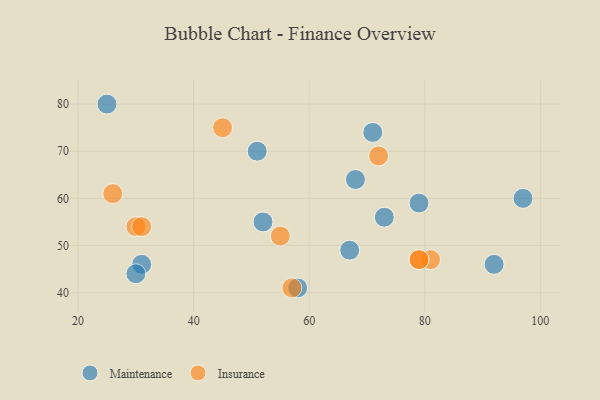
{"axis": {"x": "GDP", "y": "Life Expectancy"}, "legend": ["Insurance", "Maintenance"], "data": [{"x": "68", "y": 64, "type": "Maintenance"}, {"x": "52", "y": 55, "type": "Maintenance"}, {"x": "73", "y": 56, "type": "Maintenance"}, {"x": "92", "y": 46, "type": "Maintenance"}, {"x": "31", "y": 46, "type": "Maintenance"}, {"x": "58", "y": 41, "type": "Maintenance"}, {"x": "71", "y": 74, "type": "Maintenance"}, {"x": "30", "y": 44, "type": "Maintenance"}, {"x": "79", "y": 59, "type": "Maintenance"}, {"x": "67", "y": 49, "type": "Maintenance"}, {"x": "51", "y": 70, "type": "Maintenance"}, {"x": "97", "y": 60, "type": "Maintenance"}, {"x": "25", "y": 80, "type": "Maintenance"}, {"x": "45", "y": 75, "type": "Insurance"}, {"x": "81", "y": 47, "type": "Insurance"}, {"x": "79", "y": 47, "type": "Insurance"}, {"x": "79", "y": 47, "type": "Insurance"}, {"x": "57", "y": 41, "type": "Insurance"}, {"x": "30", "y": 54, "type": "Insurance"}, {"x": "26", "y": 61, "type": "Insurance"}, {"x": "72", "y": 69, "type": "Insurance"}, {"x": "55", "y": 52, "type": "Insurance"}, {"x": "31", "y": 54, "type": "Insurance"}]}